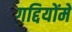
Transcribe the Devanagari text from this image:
गद्दियोंमें